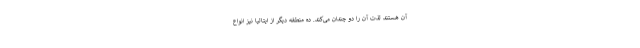
آن هستند لذت آن را دو چندان می‌کند. ده منطقه دیگر از ایتالیا نیز انواع